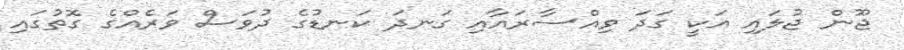
ޖޫން ޖުލައި އަކީ ގަދަ ވިއްސާރައާއި ގަނދަ ކަނޑުގެ ދުވަސް ވަރެއްގެ ގޮތުގައި